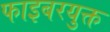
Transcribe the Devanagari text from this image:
फाइबरयुक्त